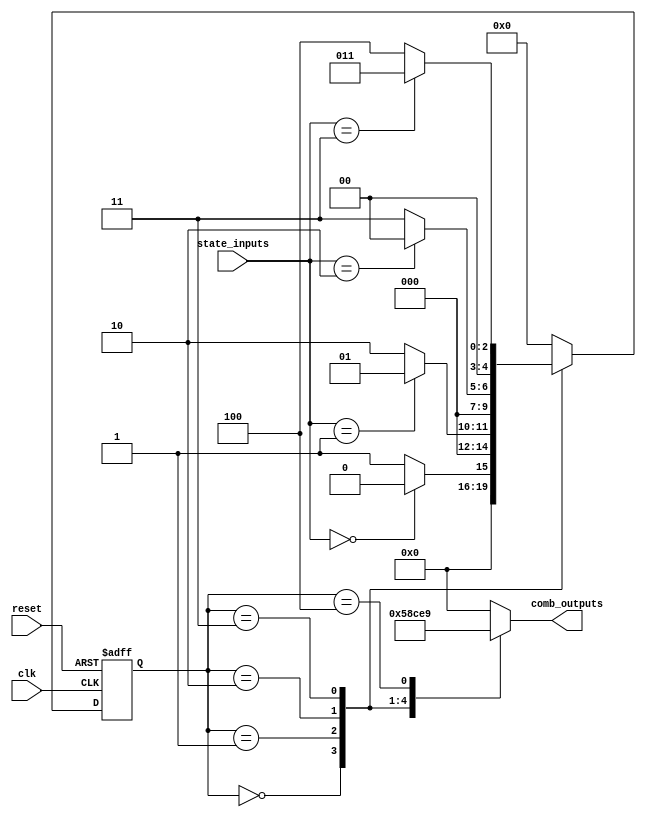

module fsm_exp(clk,reset,state_inputs,comb_outputs);
  input clk;
  input reset;
  input [0:1] state_inputs;
  output [3:0] comb_outputs;
  reg [3:0] comb_outputs;
  parameter s0=0,s1=1,s2=2,s3=3,s4=4;
  reg[4:0] c_st,next_state;
always @ (posedge clk or negedge reset)
begin 
	if(!reset) c_st<=s0;
	else c_st<=next_state;
end

always@ (c_st or state_inputs)
begin
	case(c_st)
	s0:begin 
	if(state_inputs==2'b00) next_state<=s0;
	else next_state<=s1;
	end
	s1:begin 
	if(state_inputs==2'b01) next_state<=s1;
	else next_state<=s2;
	end

	s2:begin
	if(state_inputs==2'b10) next_state<=s0;
	else next_state<=s3;
	end
	s3:begin
	if(state_inputs==2'b11) next_state<=s3;
	else next_state<=s4;
	end
	s4:begin 
	next_state<=s0;
	end
	default :next_state<=s0;
	endcase
end 
always@ (c_st or state_inputs)
begin
	case(c_st)
	s0:comb_outputs<=5;
	s1:begin comb_outputs<=8;end
	s2:begin comb_outputs<=12;end
	s3:begin comb_outputs<=14;end
	s4:begin comb_outputs<=9;end
	default :comb_outputs<=0;
	endcase
end 
endmodule